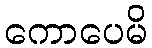
ကောပေမိ